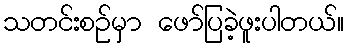
သတင်းစဉ်မှာ ဖော်ပြခဲ့ဖူးပါတယ်။